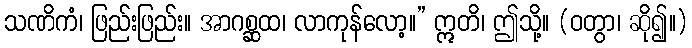
သဏိကံ၊ ဖြည်းဖြည်း။ အာဂစ္ဆထ၊ လာကုန်လော့။” ဣတိ၊ ဤသို့။ (ဝတွာ၊ ဆို၍။)